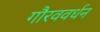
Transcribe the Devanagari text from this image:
गौरववर्धन